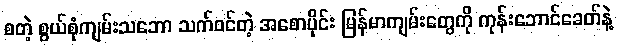
စတဲ့ စွယ်စုံကျမ်းသဘော သက်ဝင်တဲ့ အစောပိုင်း မြန်မာကျမ်းတွေကို ကုန်းဘောင်ခေတ်နဲ့